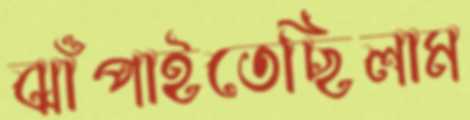
ঝাঁপাইতেছিলাম